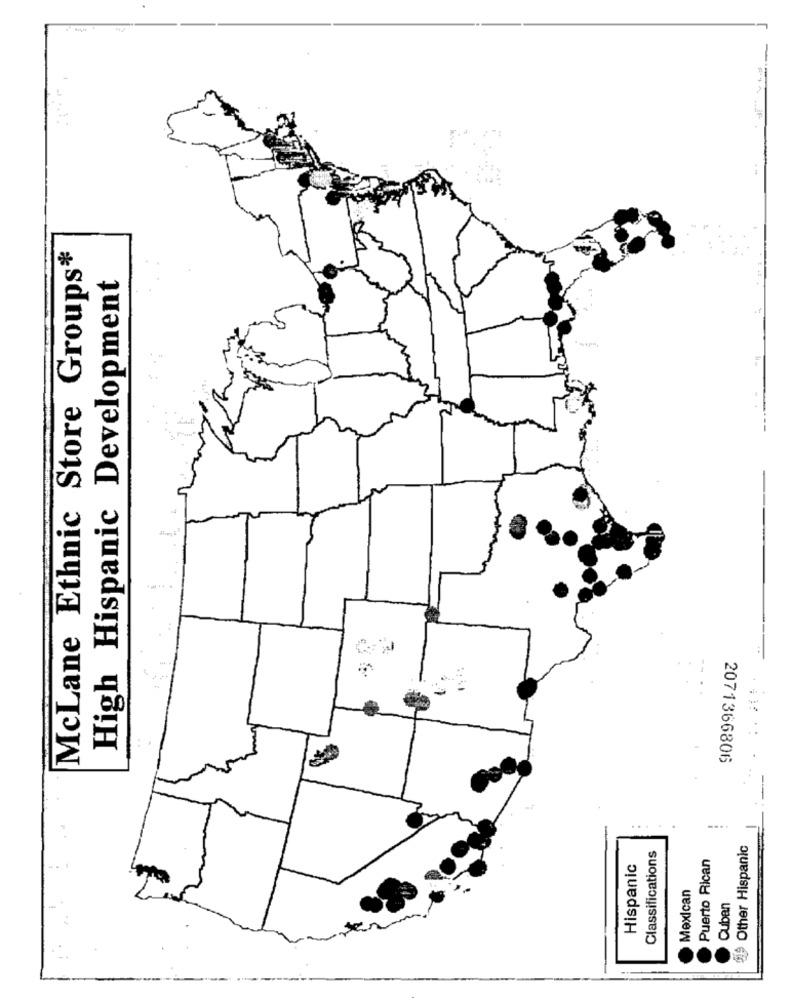
- 1
McLane Ethnic Store Groups*
High Hispanic Development
2071366806
29 Other Hispanic
Classifications
Puerto Rican
Hispanic
Mexican
Cuban